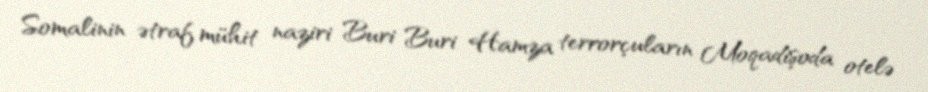
Somalinin ətraf mühit naziri Buri Buri Hamza terrorçuların Moqadişoda otelə